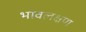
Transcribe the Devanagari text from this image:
भावलक्षण